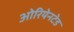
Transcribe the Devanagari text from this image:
ओरियेनटेड